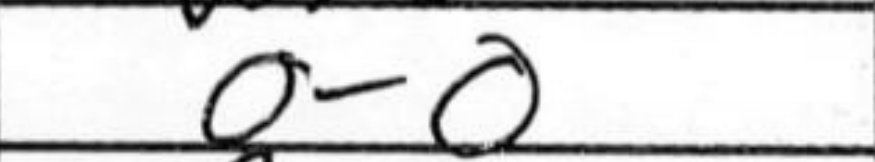
Transcription: O-O